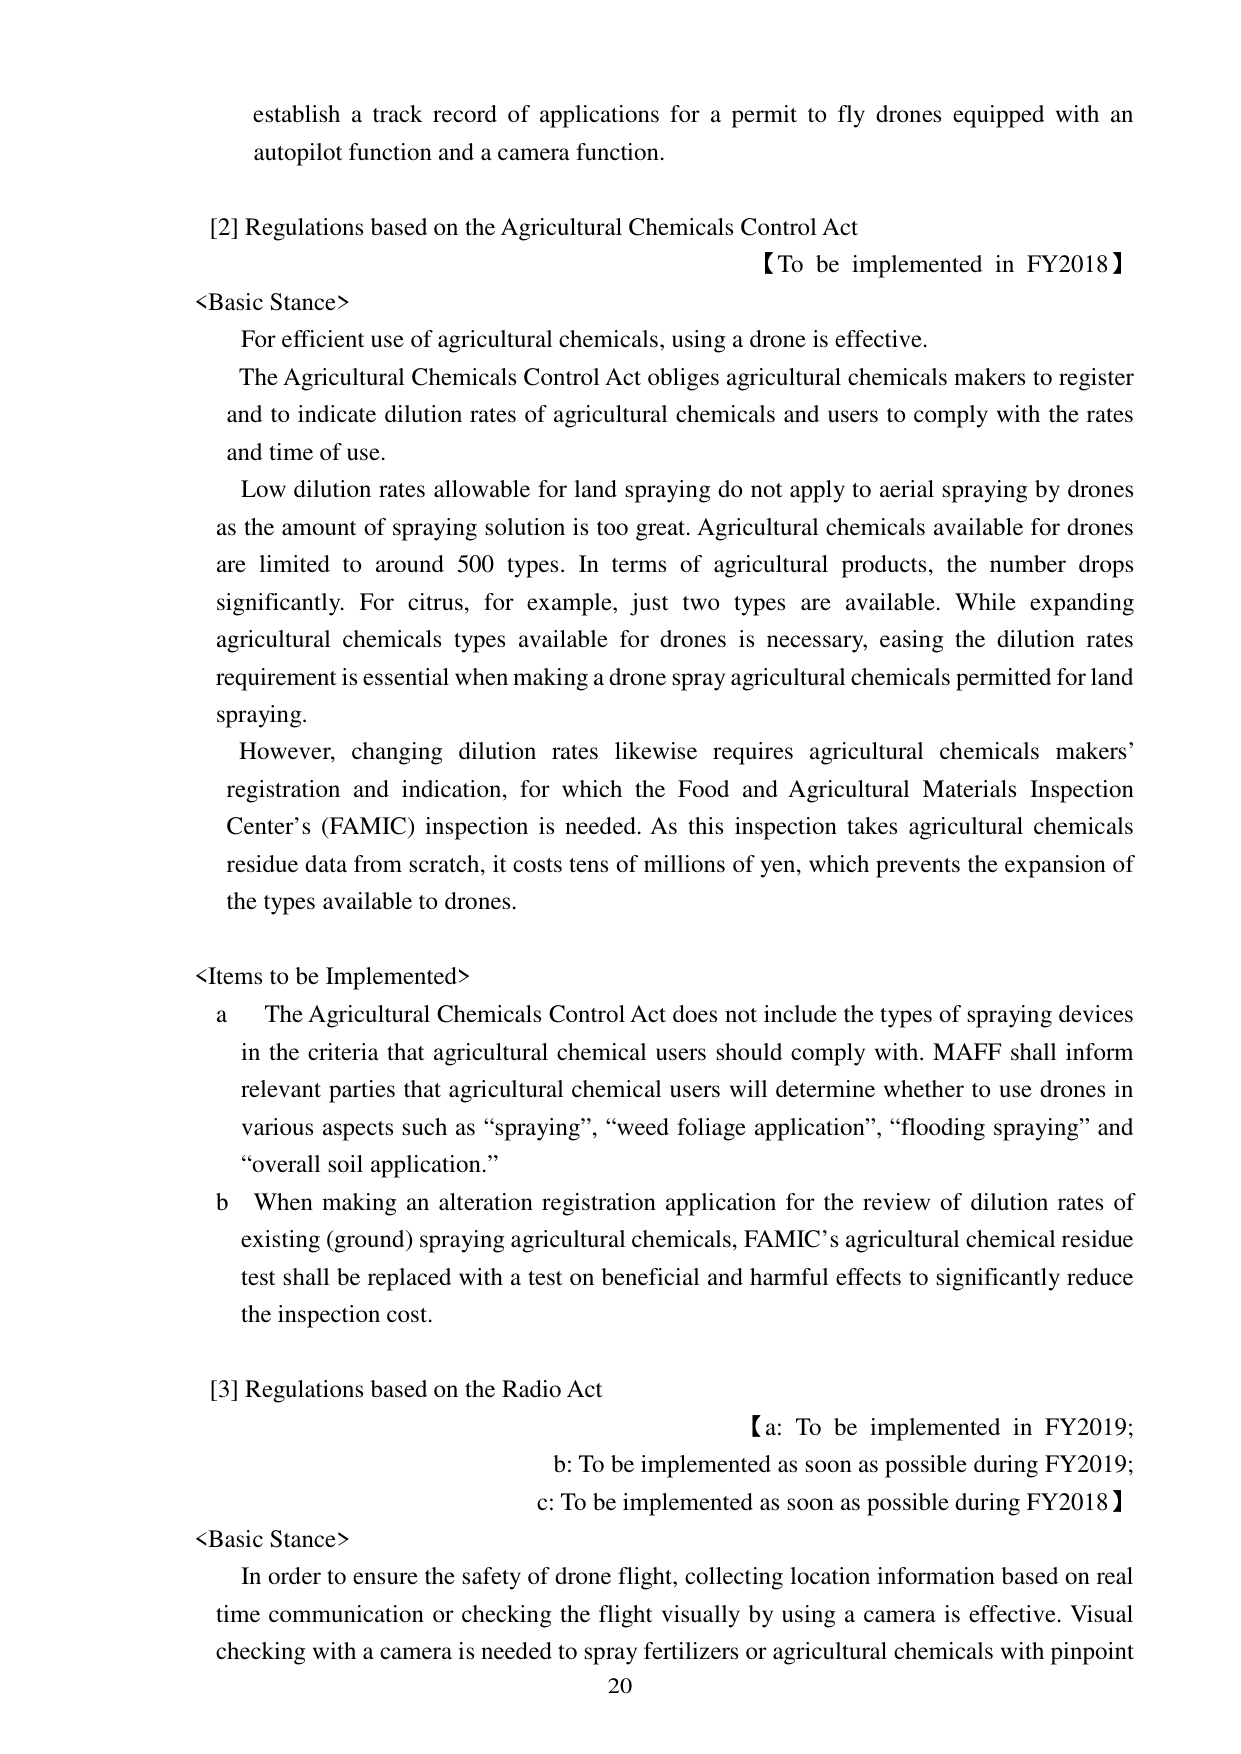
establish a track record of applications for a permit to fly drones equipped with an autopilot function and a camera function.

[2] Regulations based on the Agricultural Chemicals Control Act
【To be implemented in FY2018】

<Basic Stance>
For efficient use of agricultural chemicals, using a drone is effective.
The Agricultural Chemicals Control Act obliges agricultural chemicals makers to register and to indicate dilution rates of agricultural chemicals and users to comply with the rates and time of use.
Low dilution rates allowable for land spraying do not apply to aerial spraying by drones as the amount of spraying solution is too great. Agricultural chemicals available for drones are limited to around 500 types. In terms of agricultural products, the number drops significantly. For citrus, for example, just two types are available. While expanding agricultural chemicals types available for drones is necessary, easing the dilution rates requirement is essential when making a drone spray agricultural chemicals permitted for land spraying.
However, changing dilution rates likewise requires agricultural chemicals makers’ registration and indication, for which the Food and Agricultural Materials Inspection Center’s (FAMIC) inspection is needed. As this inspection takes agricultural chemicals residue data from scratch, it costs tens of millions of yen, which prevents the expansion of the types available to drones.

<Items to be Implemented>
a The Agricultural Chemicals Control Act does not include the types of spraying devices in the criteria that agricultural chemical users should comply with. MAFF shall inform relevant parties that agricultural chemical users will determine whether to use drones in various aspects such as “spraying”, “weed foliage application”, “flooding spraying” and “overall soil application.”
b When making an alteration registration application for the review of dilution rates of existing (ground) spraying agricultural chemicals, FAMIC’s agricultural chemical residue test shall be replaced with a test on beneficial and harmful effects to significantly reduce the inspection cost.

[3] Regulations based on the Radio Act
【a: To be implemented in FY2019;
b: To be implemented as soon as possible during FY2019;
c: To be implemented as soon as possible during FY2018】

<Basic Stance>
In order to ensure the safety of drone flight, collecting location information based on real time communication or checking the flight visually by using a camera is effective. Visual checking with a camera is needed to spray fertilizers or agricultural chemicals with pinpoint

20